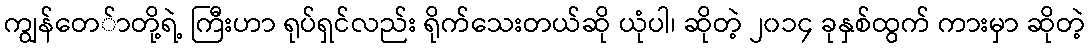
ကျွန်တေ်ာတို့ရဲ့ ကြီးဟာ ရုပ်ရှင်လည်း ရိုက်သေးတယ်ဆို ယုံပါ၊ ဆိုတဲ့ ၂၀၁၄ ခုနှစ်ထွက် ကားမှာ ဆိုတဲ့